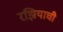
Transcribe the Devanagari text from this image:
रझियाची